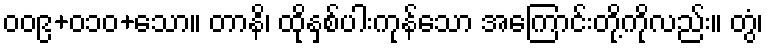
၀၀၉+၀၁၀+သော။ တာနိ၊ ထိုနှစ်ပါးကုန်သော အကြောင်းတို့ကိုလည်း။ တွံ၊